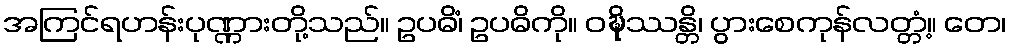
အကြင်ရဟန်းပုဏ္ဏားတို့သည်။ ဥပဓိံ၊ ဥပဓိကို။ ဝဍ္ဎိဿန္တိ၊ ပွားစေကုန်လတ္တံ့။ တေ၊